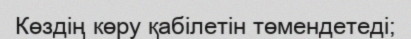
Көздің көру қабілетін төмендетеді;